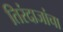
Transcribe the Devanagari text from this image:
तिरंदाजांचा